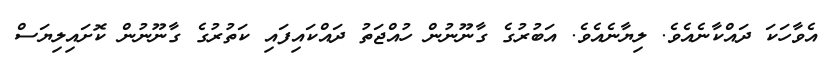
އެވާހަކަ ދައްކާނެއެވެ. ލިޔާނެއެވެ. އަބުރުގެ ގާނޫނުން ހުއްޖަތު ދައްކައިފައި ކަތުރުގެ ގާނޫނުން ކޮށައިލިޔަސް